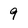
Character: 9